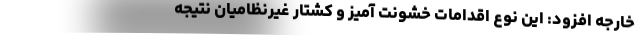
خارجه افزود: این نوع اقدامات خشونت آمیز و کشتار غیرنظامیان نتیجه